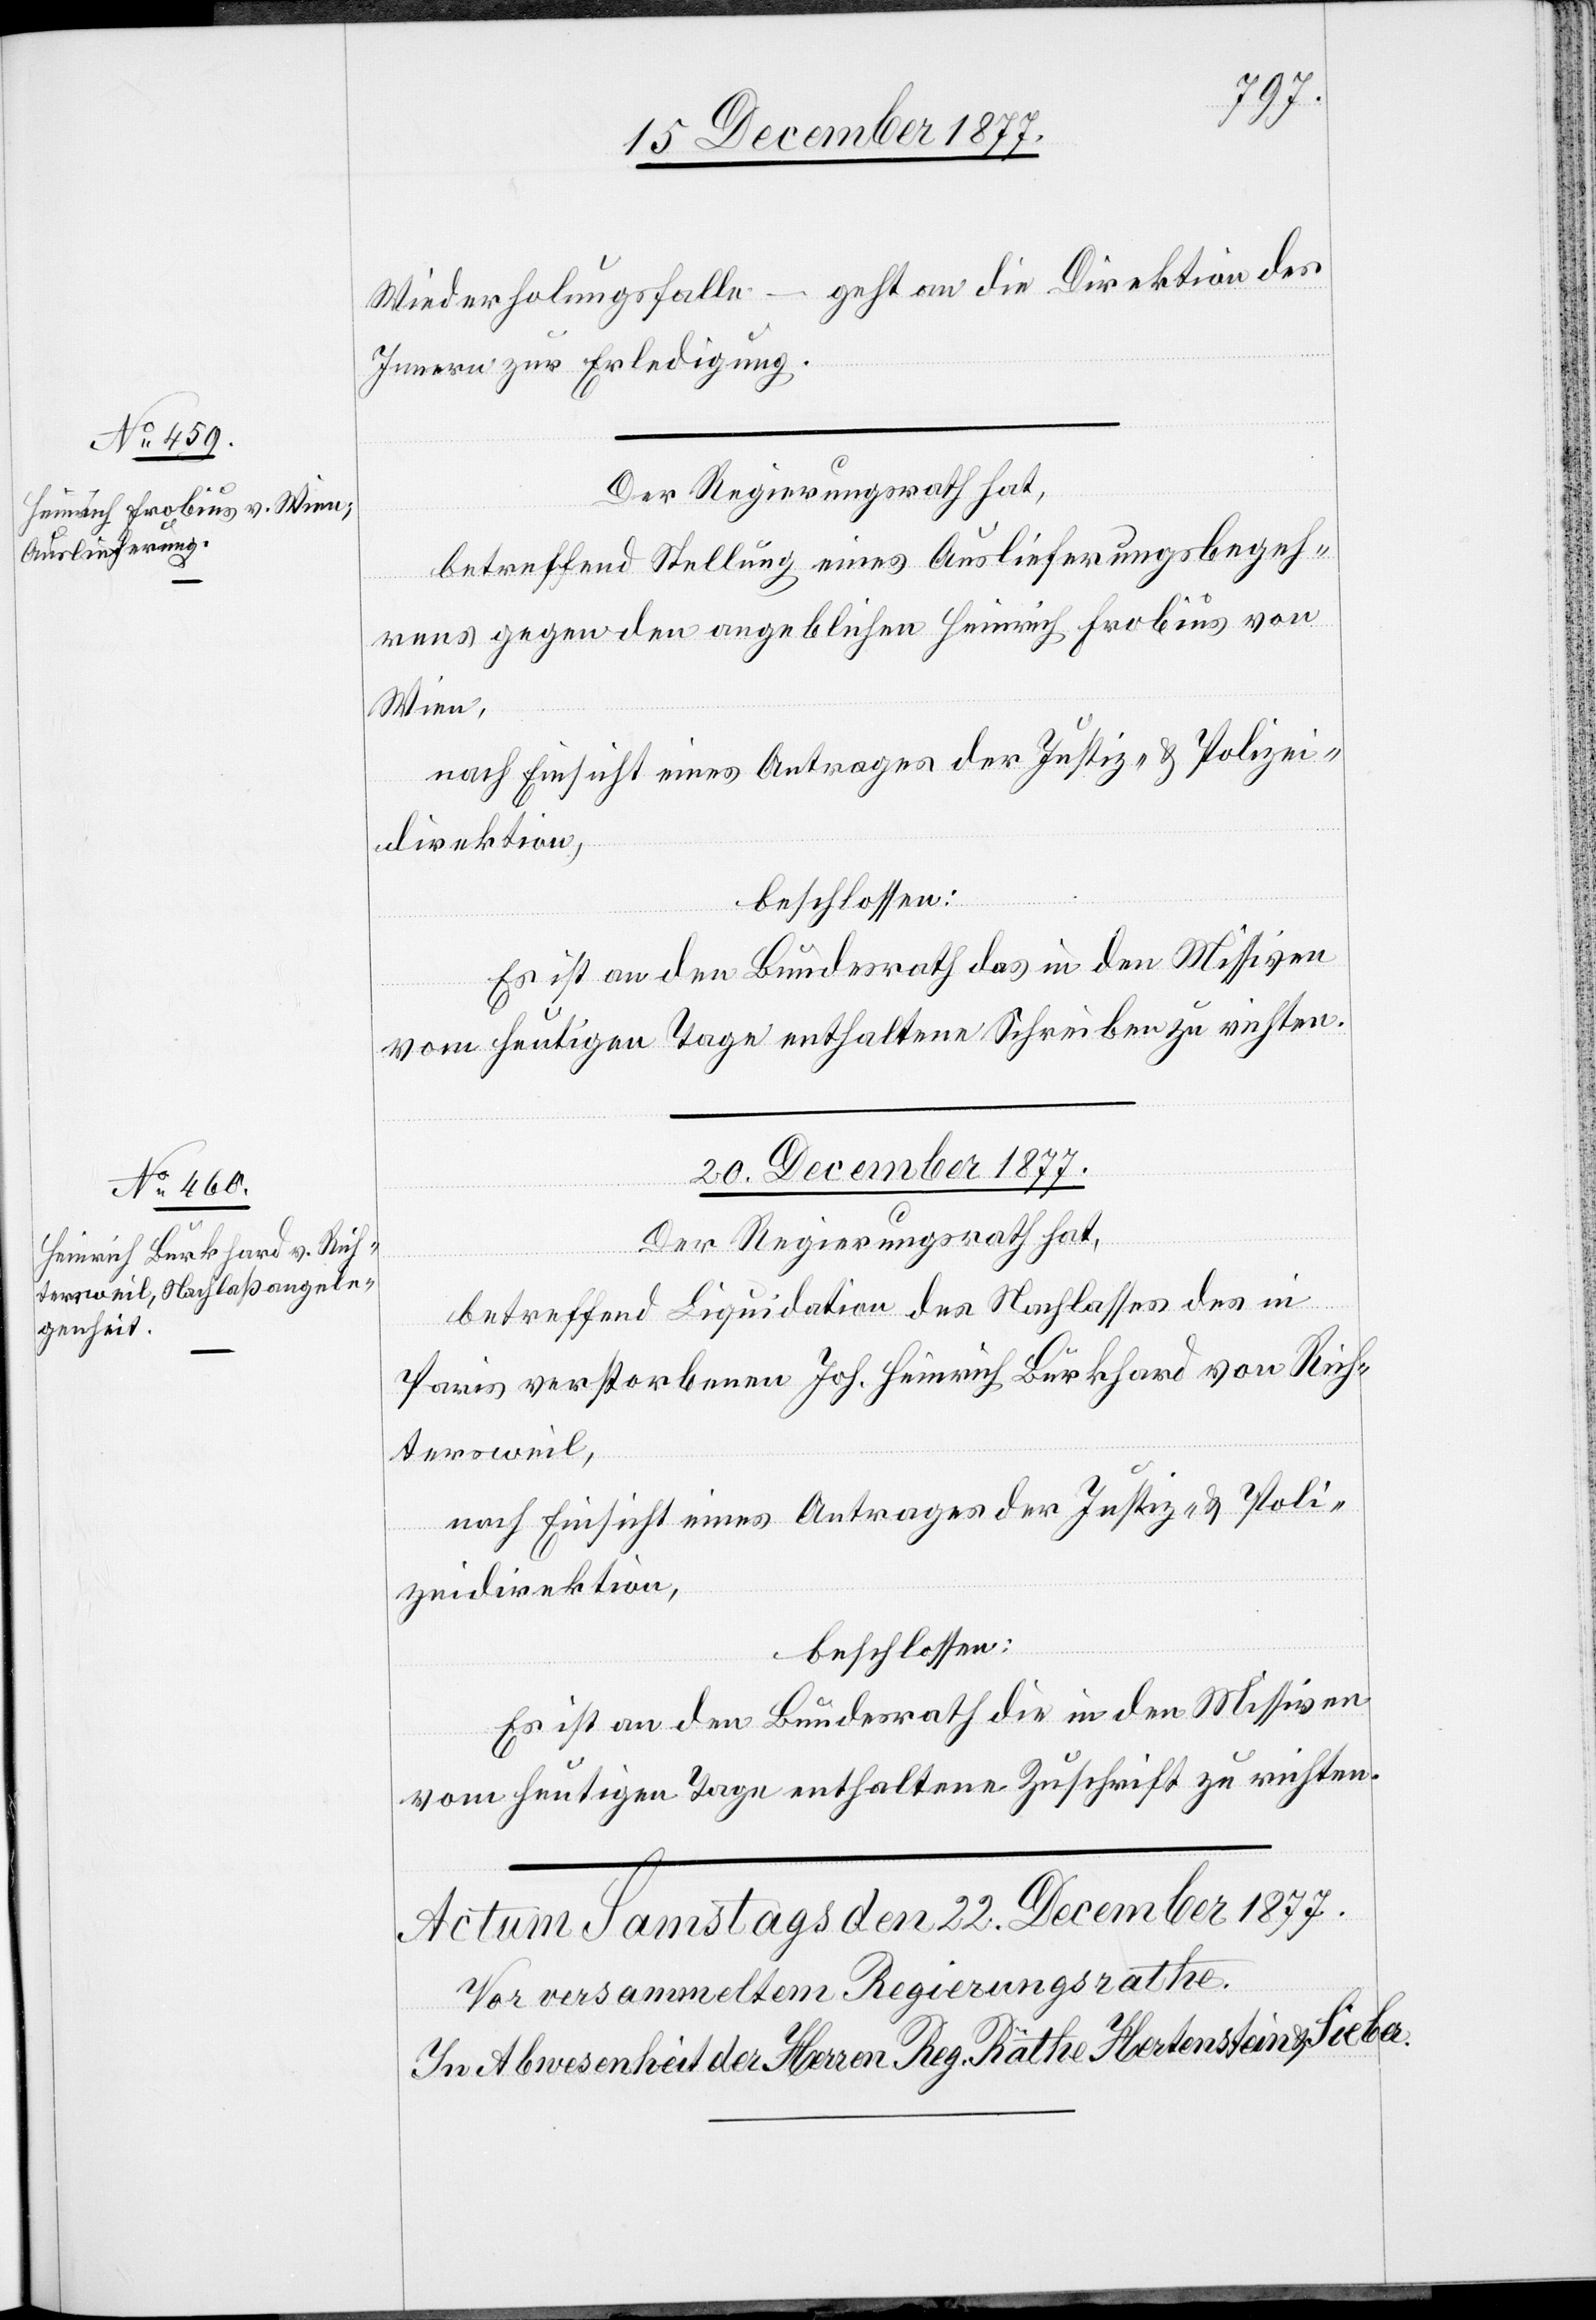
18. December 1877.]
Wiederholungsfalle – geht an die Direktion des
Innern zur Erledigung.
Der Regierungsrath hat,
betreffend Stellung eines Auslieferungsbegeh¬
rens gegen den angeblichen Heinrich Frobius von
Wien,
nach Einsicht eines Antrages der Justiz- & Polizei¬
direktion,
beschlossen:
Es ist an den Bundesrath das in den Missiven
vom heutigen Tage enthaltene Schreiben zu richten.
20. December 1877.
Der Regierungsrath hat,
betreffend Liquidation des Nachlasses des in
Paris verstorbenen Joh. Heinrich Burkhard von Rich¬
tersweil,
nach Einsicht eines Antrages der Justiz- & Poli¬
zeidirektion,
beschlossen:
Es ist an den Bundesrath die in den Missiven
vom heutigen Tage enthaltene Zuschrift zu richten.